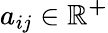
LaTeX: a_{ij}\in\mathbb{R^{+}}